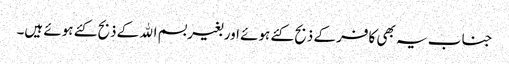
جنا ب یہ بھی کافر کے ذبح کئے ہوئے اور بغیر بسم اﷲ کے ذبح کئے ہوئے ہیں۔